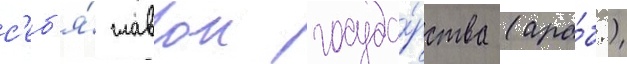
с'еб'я́ главои госуда́рства (ара́б.)